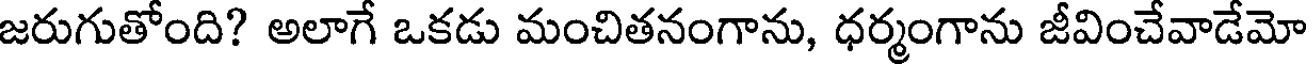
జరుగుతోంది? అలాగే ఒకడు మంచితనంగాను, ధర్మంగాను జీవించేవాడేమో